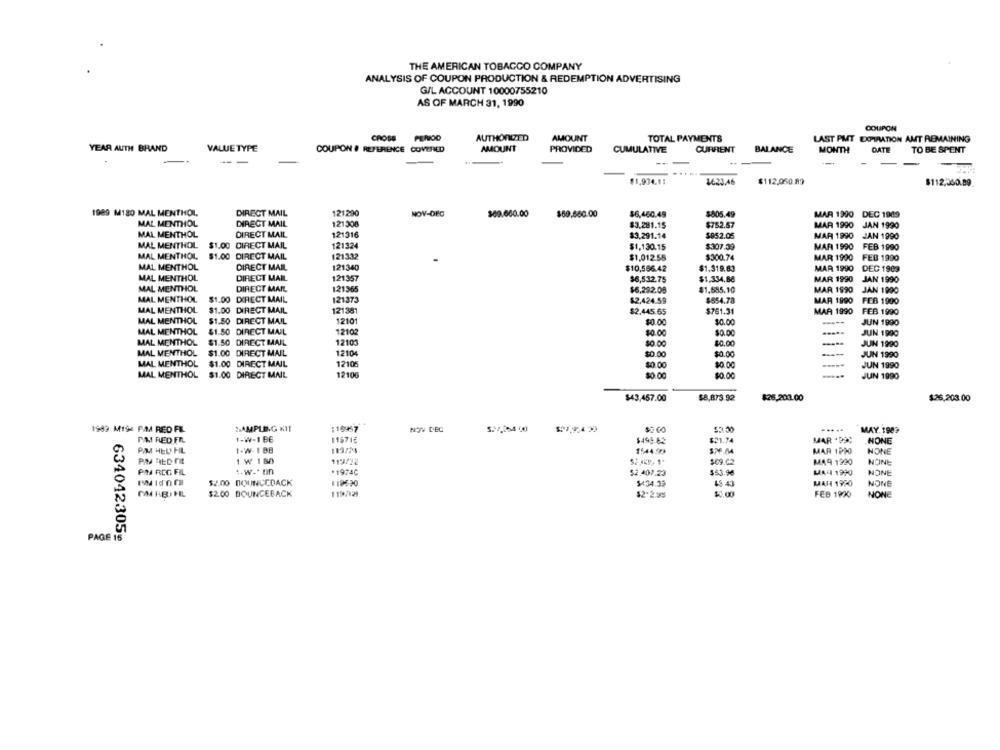
THE AMERICAN TOBACCO COMPANY
ANALYSIS OF COUPON PRODUCTION & REDEMPTION ADVERTISING
G/L ACCOUNT 10000755210
AS OF MARCH 31, 1990
COUPON
AUTHORIZED
CROSS
PENOD
AMOUNT
TOTAL PAYMENTS
LAST PMT EXPIRATION AMT REMAINING
YEAR AUTH BRAND
VALUE TYPE
COUPON # REFERENCE COVERED
AMOUNT
PROVIDED
CUMULATIVE
CURRENT
BALANCE
MONTH
DATE
TO BE SPENT
-
$1,904.11
$112,050.89
1623.46
$112,350.89
1989 M180 MAL MENTHOL,
DIRECT MAIL
121290
NOV-DEC
$09.600.00
$60,560.00
$6,450.49
$805.49
MAR 1900 DEC 1989
MAL MENTHOL
DIRECT MAIL
121308
$3.281.15
$752.67
MAR 1990 JAN 1990
MAL MENTHOL
DIRECT MAIL
121316
$3,291.14
$952.05
MAR 1990 JAN 1990
MAL MENTHOL
$1.00 DIRECT MAIL
121324
$1,130.15
$307.39
MAR 1990
FEB 1990
MAL MENTHOL
$1.00 DIRECT MAIL
121332
$300.74
MAR 1990
$1.012.55
FEB 1990
MAL MENTHOL
DIRECT MAIL
121340
$10,566.42
$1.319.83
MAR 1990
DEC 1989
MAL MENTHOL
DIRECT MAIL
121357
$6,532.75
$1.334.88
MAR 1990
JAN 1990
MAL MENTHOL
DIRECT MAIL,
121965
$6,292.08
$1.585.10
MAR 1990
JAN 1990
MAL MENTHOL
$1.00 DIRECT MAIL
121373
$2,424.59
$554.78
MAR 1990
FEB 1990
MAL MENTHOL
$1.00 DIRECT MAIL
121381
$2.445.65
$761.31
MAA 1990
FEB 1990
MAL MENTHOL
$1.50
DIRECT MAIL
12101
$0.00
$0.00
JUN 1890
MAL MENTHOL
$1.50 DIRECT MAIL
12102
$0.00
$0.00
JUN 1990
MAL MENTHOL
$1.50 DIRECT MAIL
12103
$0.00
$0.00
JUIN 1990
MAL MENTHOL
$1.00 DIRECT MAIL
12104
$0 00
$0.00
JUN 1990
MAL MENTHOL
$1.00 DIRECT MAIL
12105
$0.00
$0.00
JUN 1990
MAL MENTHOL
$1.00 DIRECT MAIL
12100
$0.00
$0.00
--...
JUN 1990
$43,457.00
$8,873.92
$26,203.00
$26,203.00
1989 MISE PAM RED FI
2SAMPLING KIT
:16967
$3.00
NON DEC
MAY 1989
PAI RED FIL
1-W-1 BE
11671€
$495.83
$21.74
MAR .99C
NONE
PIM HED FIL
1-W 1 DB
199724
1544.59
MAR 1990
NONE
PM HED fit
1 W 180
113/22
$09.02
MA9 1390
NONE
PM REG FIL
*1974C
$2.407.23
$53.96
MA4 1990
NONE
$2.00 DOUNCCDACK
119530
$434.39
45 43
MAR 1920
NONE
$2.00 BOUNCEBACK
$1. 00
FEB 1990
NONE
PAGE 16
634042305g